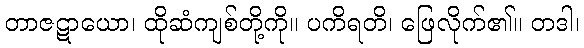
တာဇဋာယော၊ ထိုဆံကျစ်တို့ကို။ ပကိရတိ၊ ဖြေလိုက်၏။ တဒါ၊